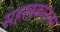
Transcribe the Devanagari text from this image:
सहस्त्रकानंतर